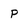
Character: P